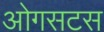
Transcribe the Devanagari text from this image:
ओगसटस